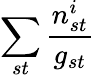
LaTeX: \sum_{st}\frac{n_{st}^{i}}{g_{st}}